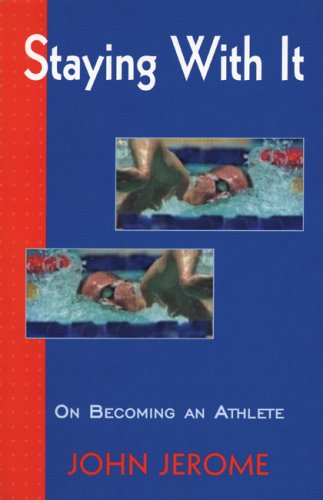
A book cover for Staying With It: On Becoming an Athlete; John Jerome; Health, Fitness & Dieting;